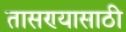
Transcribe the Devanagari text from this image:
तासण्यासाठी